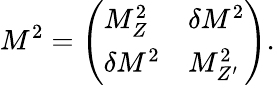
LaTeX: M^{2}=\left(\begin{array}{ll}{{M_{Z}^{2}}}&{{\delta M^{2}}}\\ {{\delta M^{2}}}&{{M_{Z^{\prime}}^{2}}}\end{array}\right).